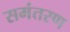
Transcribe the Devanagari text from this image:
समंतरण